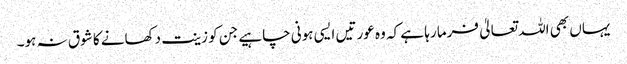
یہاں بھی اللہ تعالیٰ فرما رہا ہے کہ وہ عورتیں ایسی ہونی چاہیے جن کو زینت دکھانے کا شوق نہ ہو۔